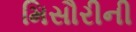
મિસૌરીની